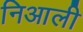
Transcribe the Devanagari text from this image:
निआली